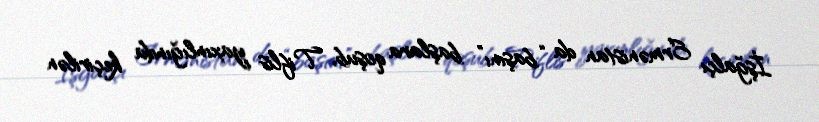
İşğalçı Ermənistan da “başını” başlara qoşub, Tiflis yaxınlığında keçirilən